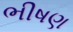
ભીષણ